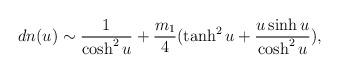
LaTeX: \begin{align*}dn(u) \sim \frac{1}{\cosh ^{2} u} + \frac{m_{1}}{4} ( \tanh ^{2} u +\frac{u \sinh u}{\cosh ^{2} u } ) ,\end{align*}